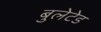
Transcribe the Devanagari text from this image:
बुलेटेड